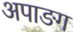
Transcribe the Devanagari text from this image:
अपाङग